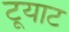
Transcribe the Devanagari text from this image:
टूयाट